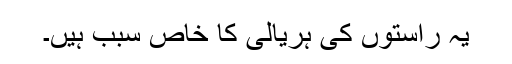
یہ راستوں کی ہریالی کا خاص سبب ہیں۔